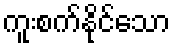
ကူးစက်နိုင်သော